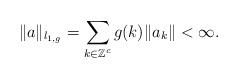
LaTeX: \begin{align*}\|a\|_{l_{1,g}}=\sum\limits_{k\in \mathbb Z^c}g(k)\|a_k\|<\infty.\end{align*}